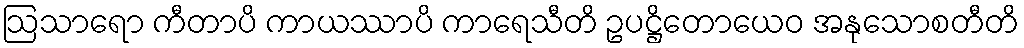
ဩသာရော ကီတာပိ ကာယဿာပိ ကာရေသီတိ ဥပဋ္ဌိတောယေဝ အနုသောစတီတိ